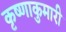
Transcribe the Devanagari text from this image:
कृष्णाकुमारी